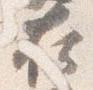
在